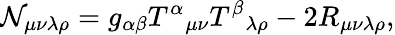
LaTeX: \mathcal{N}_{\mu\nu\lambda\rho}=g_{\alpha\beta}{T^{\alpha}}_{\mu\nu}{T^{\beta}}_{\lambda\rho}-2R_{\mu\nu\lambda\rho},